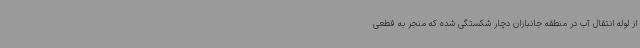
از لوله انتقال آب در منطقه جانبازان دچار شکستگی شده که منجر به قطعی